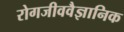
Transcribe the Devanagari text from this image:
रोगजीववैज्ञानिक